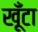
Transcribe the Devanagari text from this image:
खूँटा